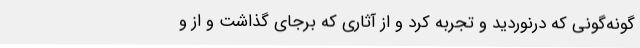
گونه‌گونی که درنوردید و تجربه کرد و از آثاری که برجای گذاشت و از و